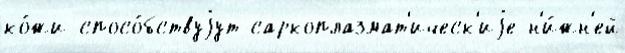
ко́жи спосо́бствуjут саркоплазмат'ическ'иjе н'и́жн'ей